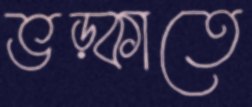
ভড়্‌কাতে